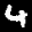
Label: 4